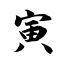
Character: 寅